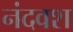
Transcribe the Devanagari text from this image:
नंदवश